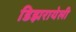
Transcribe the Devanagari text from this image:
डिझरायेली